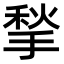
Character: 揫